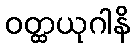
ဝတ္ထယုဂါနိ